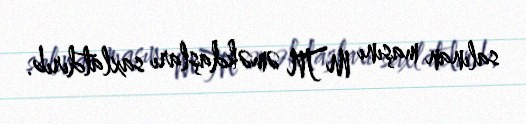
salınan maşını MTN əməkdaşları saxlatdırıb.